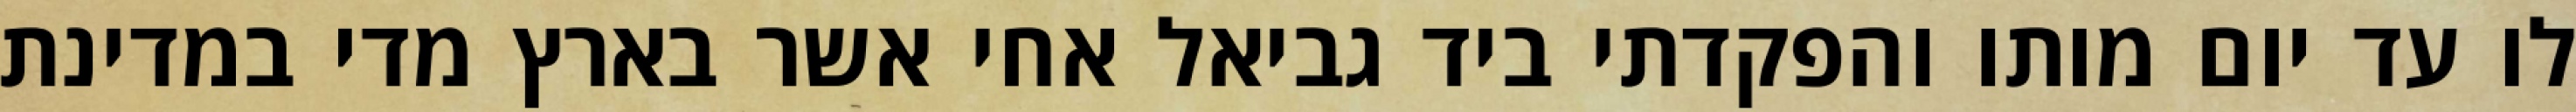
לו עד יום מותו והפקדתי ביד גביאל אחי אשר בארץ מדי במדינת